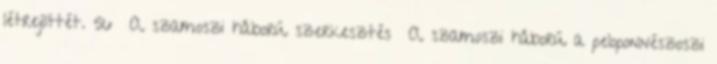
létrejöttét. 56 A szamoszi háború szerkesztés A szamoszi háború a peloponnészoszi